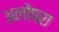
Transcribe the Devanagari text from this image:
अलोंपरा